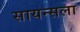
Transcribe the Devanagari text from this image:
सायन्सला